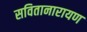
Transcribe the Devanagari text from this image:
सवितानारायण